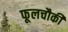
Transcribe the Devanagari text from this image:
फूलचौकी